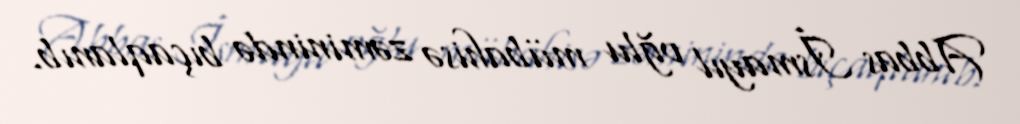
Abbas İsmayıl oğlu mübahisə zəminində bıçaqlanıb.